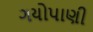
ગયોપાણી